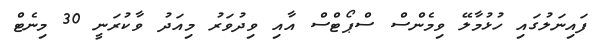
ފައިނަލުގައި ހުޅުމާލޭ ވިމެންސް ސްޕޯޓްސް އާއި ވިދުވަރު މިއަދު ވާކުރަނީ 30 މިނެޓް